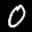
Label: 0